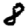
Digit: 8